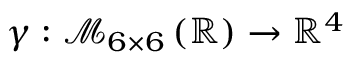
\gamma : \mathcal { M } _ { 6 \times 6 } \left( \mathbb { R } \right) \to \mathbb { R } ^ { 4 }